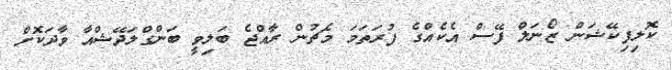
ކޮލިފިކޭޝަން ޒޯނަލް ފޭސް އެކެއްގެ ފުރަތަމަ މެޗުން ރާއްޖެ ބަލިވީ ބަންގްލަދޭޝްއާ ވާދަކޮށް